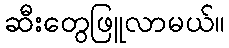
ဆီးတွေဖြူလာမယ်။